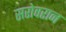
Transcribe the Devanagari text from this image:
सरोवरान